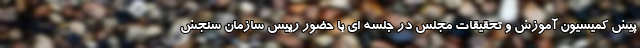
پیش کمیسیون آموزش و تحقیقات مجلس در جلسه ای با حضور رییس سازمان سنجش